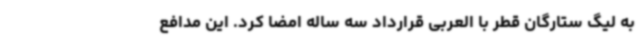
به لیگ ستارگان قطر با العربی قرارداد سه ساله امضا کرد. این مدافع